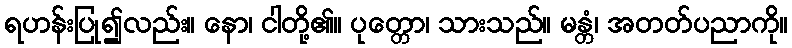
ရဟန်းပြု၍လည်း။ နော၊ ငါတို့၏။ ပုတ္တော၊ သားသည်။ မန္တံ၊ အတတ်ပညာကို။